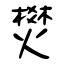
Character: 燓